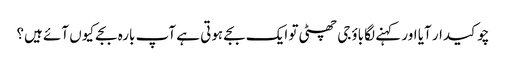
چوکیدار آیا اور کہنے لگا باؤجی چھٹی تو ایک بجے ہوتی ہے آپ بارہ بجے کیوں آئے ہیں؟